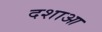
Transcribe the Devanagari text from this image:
दशाआ